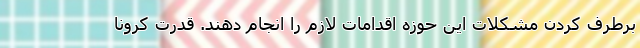
برطرف کردن مشکلات این حوزه اقدامات لازم را انجام دهند. قدرت کرونا